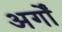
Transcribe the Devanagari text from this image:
अर्गों